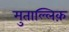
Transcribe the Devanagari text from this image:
मुताल्लिक़